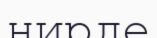
нирде